Scottish Leaving Certificate Examination, 1954
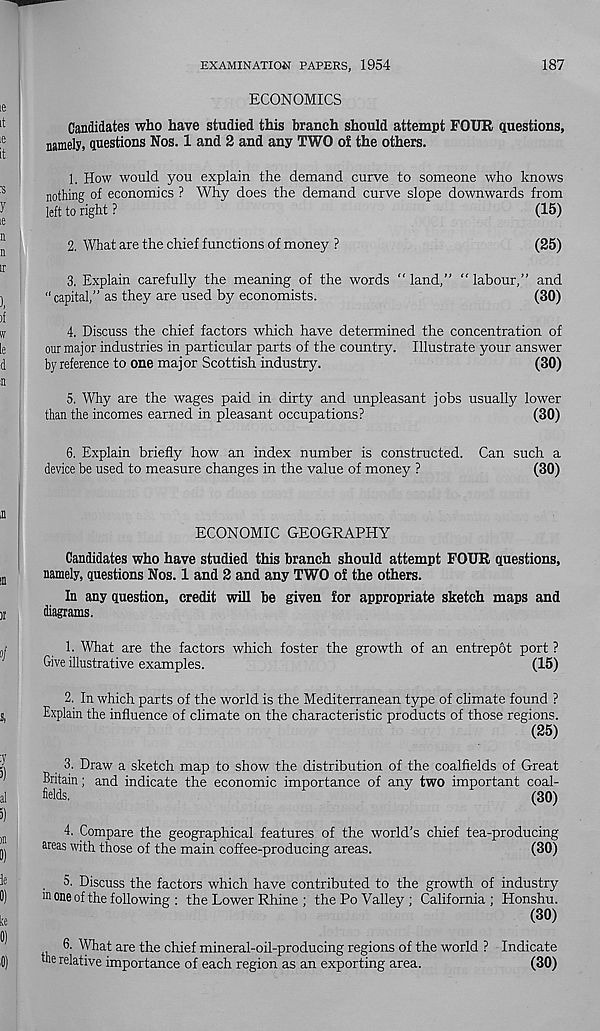
EXAMINATION PAPERS, 1954
187
ECONOMICS
Candidates who have studied this branch should attempt FOUR questions,
namely, questions Nos. 1 and 2 and any TWO oi the others.
1. How would you explain the demand curve to someone who knows
nothing of economics ? Why does the demand curve slope downwards from
left to right ?
(15)
2. What are the chief functions of money ?
(25)
3. Explain carefully the meaning of the words " land,” “ labour,” and
‘'capital,” as they are used by economists.
(30)
4. Discuss the chief factors which have determined the concentration of
our major industries in particular parts of the country. Illustrate your answer
by reference to one major Scottish industry.
(30)
5. Why are the wages paid in dirty and unpleasant jobs usually lower
than the incomes earned in pleasant occupations?
(30)
6. Explain briefly how an index number is constructed. Can such a
device be used to measure changes in the value of money ?
(30)
ECONOMIC GEOGRAPHY
Candidates who have studied this branch should attempt FOUR questions,
namely, questions Nos. 1 and 2 and any TWO of the others.
In any question, credit will be given for appropriate sketch maps and
diagrams.
1. What are the factors which foster the growth of an entrepot port ?
Give illustrative examples.
(15)
2. In which parts of the world is the Mediterranean type of climate found ?
Explain the influence of climate on the characteristic products of those regions.
(25)
3. Draw a sketch map to show the distribution of the coalfields of Great
Britain; and indicate the economic importance of any two important coal-
fields.
(30)
4. Compare the geographical features of the world’s chief tea-producing
areas with those of the main coffee-producing areas.
(30)
5. Discuss the factors which have contributed to the growth of industry
m one of the following : the Lower Rhine ; the Po Valley ; California ; Honshu.
(30)
6. What are the chief mineral-oil-producing regions of the world ? Indicate
me relative importance of each region as an exporting area.
(30)